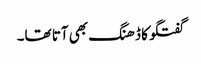
گفتگو کا ڈھنگ بھی آتا تھا۔